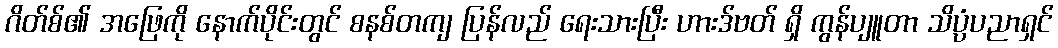
ဂိတ်စ်၏ အဖြေကို နောက်ပိုင်းတွင် စနစ်တကျ ပြန်လည် ရေးသားပြီး ဟားဒ်ဗတ် ရှိ ကွန်ပျူတာ သိပ္ပံပညာရှင်